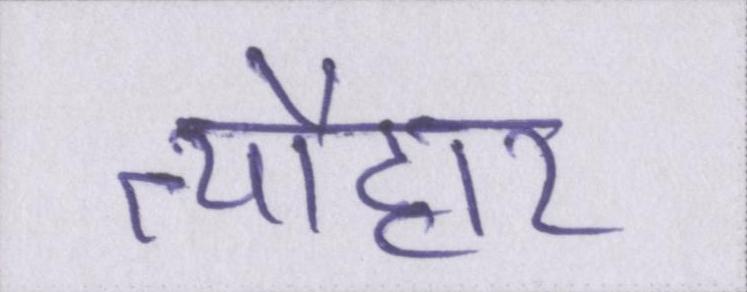
त्यौहार